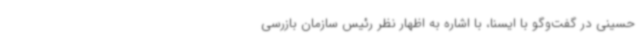
حسینی در گفت‌وگو با ایسنا، با اشاره به اظهار نظر رئیس سازمان بازرسی